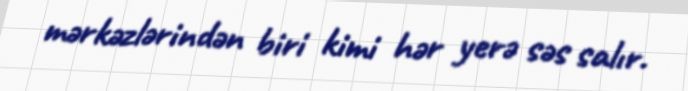
mərkəzlərindən biri kimi hər yerə səs salır.